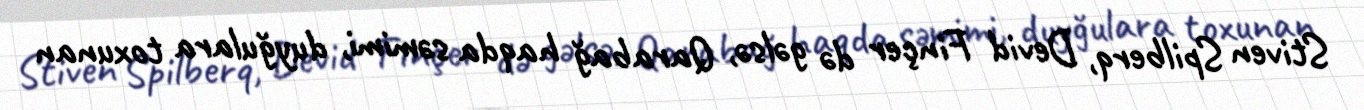
Stiven Spilberq, Devid Finçer də gəlsə, Qarabağ haqda səmimi, duyğulara toxunan